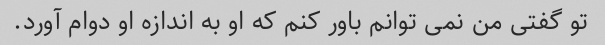
تو گفتی من نمی توانم باور کنم که او به اندازه او دوام آورد.